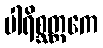
ပါရိစ္ဆတ္တကေ